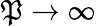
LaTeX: \mathfrak{P}\rightarrow\infty